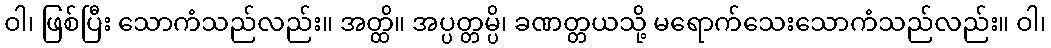
ဝါ၊ ဖြစ်ပြီး သောကံသည်လည်း။ အတ္ထိ။ အပ္ပတ္တမ္ပိ၊ ခဏတ္တယသို့ မရောက်သေးသောကံသည်လည်း။ ဝါ၊